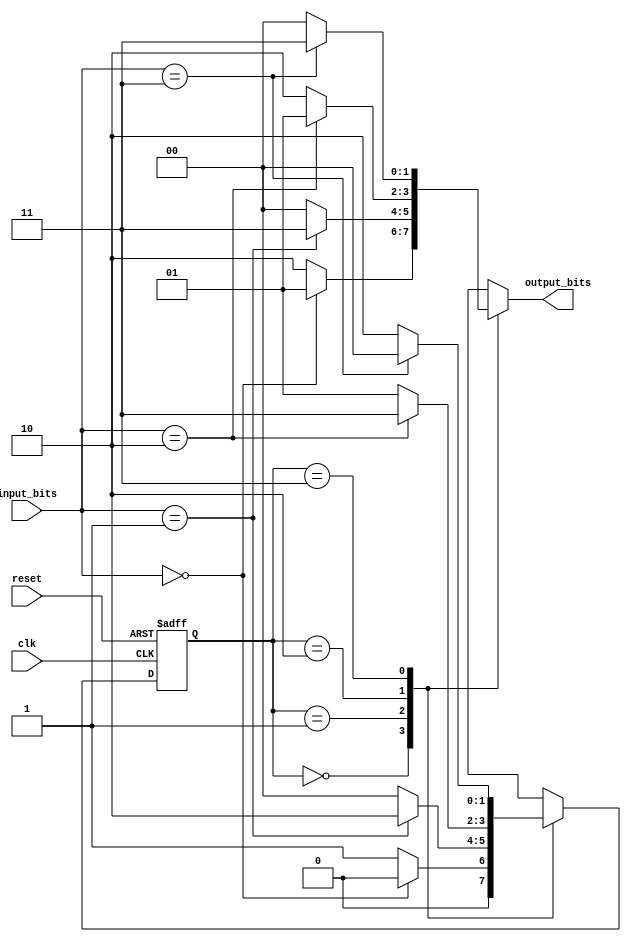
module MealyStateMachine (
    input wire clk,               // Clock signal
    input wire reset,             // Asynchronous reset
    input wire [1:0] input_bits,  // Multi-bit input (2 bits)
    output reg [1:0] output_bits   // Multi-bit output (2 bits)
);

// State encoding
localparam S0 = 2'b00;  // State 0
localparam S1 = 2'b01;  // State 1
localparam S2 = 2'b10;  // State 2
localparam S3 = 2'b11;  // State 3

reg [1:0] current_state;  // State register
reg [1:0] next_state;     // Next state variable

// Mealy output logic
always @(*) begin
    case (current_state)
        S0: begin
            if (input_bits == 2'b00) begin
                next_state = S0;
                output_bits = 2'b01; // Example output
            end else begin
                next_state = S1;
                output_bits = 2'b10; // Example output
            end
        end

        S1: begin
            if (input_bits == 2'b01) begin
                next_state = S2;
                output_bits = 2'b11; // Example output
            end else begin
                next_state = S0;
                output_bits = 2'b00; // Example output
            end
        end

        S2: begin
            if (input_bits == 2'b10) begin
                next_state = S3;
                output_bits = 2'b01; // Example output
            end else begin
                next_state = S1;
                output_bits = 2'b10; // Example output
            end
        end

        S3: begin
            if (input_bits == 2'b11) begin
                next_state = S0;
                output_bits = 2'b11; // Example output
            end else begin
                next_state = S2;
                output_bits = 2'b00; // Example output
            end
        end

        default: begin
            next_state = S0;
            output_bits = 2'b00; // Default output
        end
    endcase
end

// State register
always @(posedge clk or posedge reset) begin
    if (reset) begin
        current_state <= S0; // Reset to initial state
    end else begin
        current_state <= next_state; // Update state
    end
end

endmodule